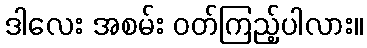
ဒါလေး အစမ်း ဝတ်ကြည့်ပါလား။